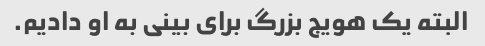
البته یک هویج بزرگ برای بینی به او دادیم.